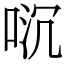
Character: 𫪌